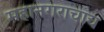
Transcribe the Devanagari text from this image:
महानगराचाच